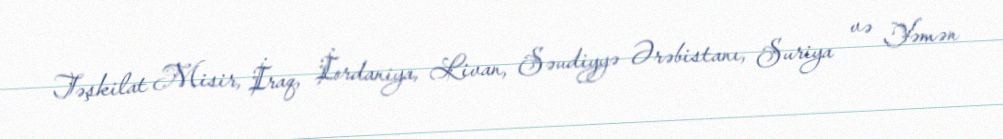
Təşkilat Misir, İraq, İordaniya, Livan, Səudiyyə Ərəbistanı, Suriya və Yəmən